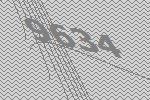
9634